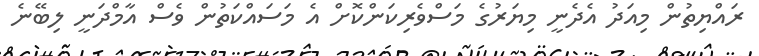
ރައްޔިތުން މިއަދު އެދެނީ މިޔަރުގެ މަސްވެރިކަންކޮށް އެ މަސައްކަތުން ވެސް އާމްދަނީ ލިބޭނެ